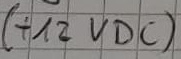
Text: t12 VDC